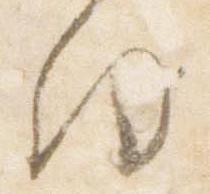
向